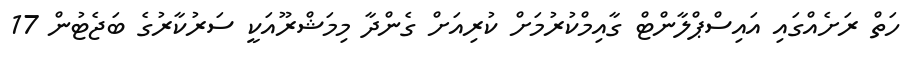
ހަތް ރަށެއްގައި އައިސްޕްލާންޓް ގާއިމްކުރުމަށް ކުރިއަށް ގެންދާ މިމަޝްރޫއަކީ ސަރުކާރުގެ ބަޖެޓުން 17